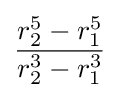
{\frac {r_{2}^{5}-r_{1}^{5}}{r_{2}^{3}-r_{1}^{3}}}